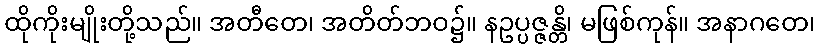
ထိုကိုးမျိုးတို့သည်။ အတီတေ၊ အတိတ်ဘဝ၌။ နဥပ္ပဇ္ဇန္တိ၊ မဖြစ်ကုန်။ အနာဂတေ၊